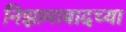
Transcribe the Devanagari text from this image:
निझामाबादच्या